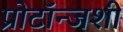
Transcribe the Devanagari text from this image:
प्रोटॉन्जशी